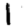
Digit: 1